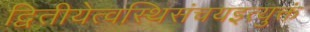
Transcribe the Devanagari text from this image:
द्वितीयेत्वस्थिसंचयइत्युक्तं